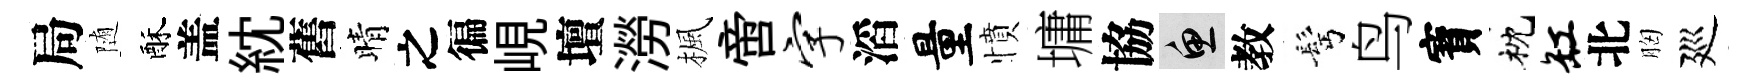
局随酥盖紞舊晴之徧峴壇澇楓啻字滔量憤墉協魚教髩鸟寳枕缸北胸廵